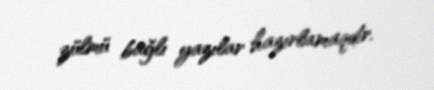
zülmü bağlı yazılar hazırlamaqdır.